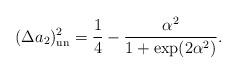
LaTeX: \begin{align*}(\Delta a_2)_{\rm un}^2 = \frac{1}{4}-\frac{\alpha^2}{1+\exp(2\alpha^2)}.\end{align*}